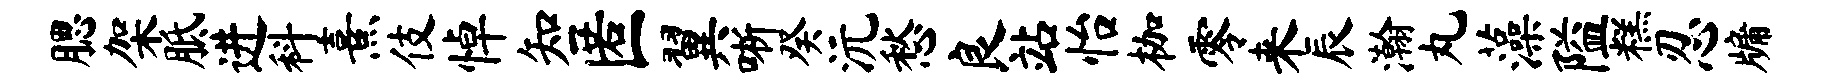
腮架胝进科熹伎悼知匿翼晰癸沅愁良站怡枷零来辰瀚丸藻隘糕忍牖